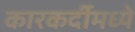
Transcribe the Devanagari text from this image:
कारकर्दीमध्ये